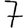
Digit: 7